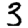
Digit: 3